Civil Veterinary Department Bihar & Orissa reports 1929-36 - 1929-1936
Year: 1929
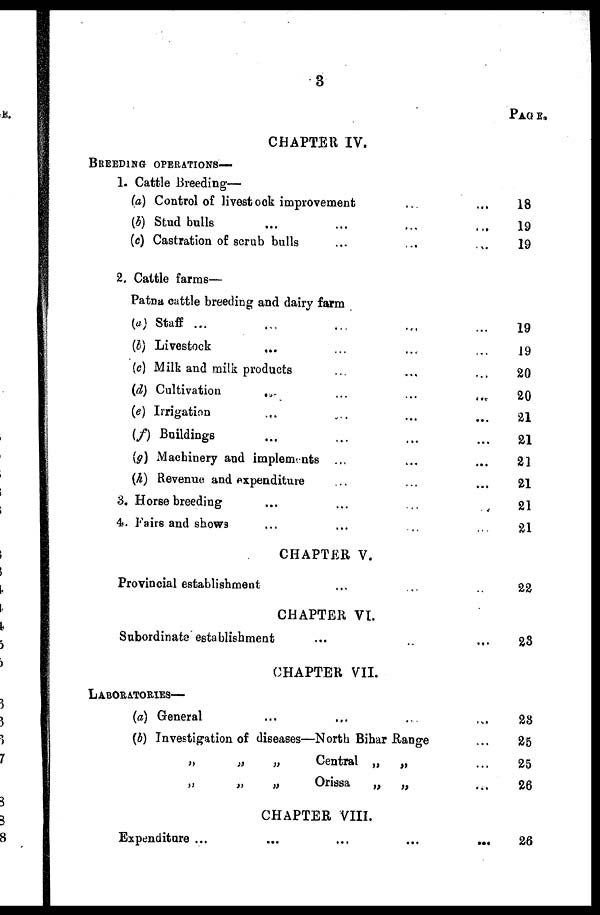
3
CHAPTER IV.
BREEDING OPERATIONS—
1. Cattle Breeding—
(a) Control of livestock improvement ... ...
(b) Stud bulls ... ... ... ...
(c) Castration of scrub bulls ... .... ... ...
2. Cattle farms—
Patna cattle breeding and dairy farm
(a) Staff ... ... ... ... ....
(b) Livestock
...
... ... ...
(c) Milk and milk products ... .... ... ...
(d) Cultivation ... ... ... ...
(e) Irrigation ... ... ... ...
(f) Buildings ... ... ... ...
(g) Machinery and implements ... ... ...
(h) Revenue and expenditure ... ... ...
3. Horse breeding ... ... ... ...
4. Fairs and shows ... .... ... ...
CHAPTER V.
Provincial establishment ... .... ... ...
CHAPTER VI.
Subordinate establishment ... ... ...
CHAPTER VII.
LABORATORIES—
(a) General ... .... ... ...
(b) Investigation of diseases—North Bihar Range ...
„
„
„
Central „
„
„
„
„
Orissa
„
„
CHAPTER VIII.
Expenditure ...
...
...
...
...
PAGE.
18
19
19
19
19
20
20
21
21
21
21
21
21
22
23
28
25
25
26
26